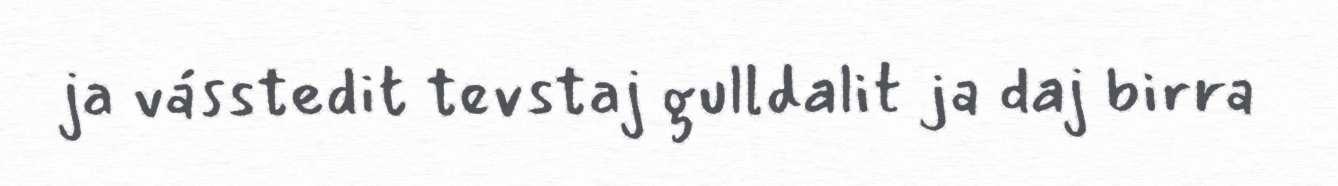
ja vásstedit tevstaj gulldalit ja daj birra